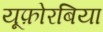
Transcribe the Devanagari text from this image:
यूफ़ोरबिया